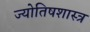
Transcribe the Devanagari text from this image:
ज्याेतिषशास्त्र